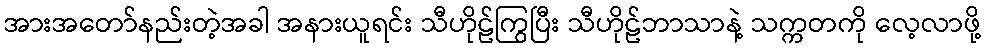
အားအတော်နည်းတဲ့အခါ အနားယူရင်း သီဟိုဠ်ကြွပြီး သီဟိုဠ်ဘာသာနဲ့ သက္ကတကို လေ့လာဖို့